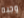
وجبه